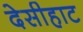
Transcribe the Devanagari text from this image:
देसीहाट